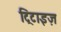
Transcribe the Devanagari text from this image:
ट्रिटाइज़